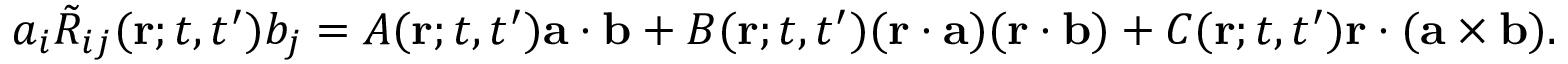
a _ { i } \tilde { R } _ { i j } ( { \bf { r } } ; t , t ^ { \prime } ) b _ { j } = A ( { \bf { r } } ; t , t ^ { \prime } ) { \bf { a } } \cdot { \bf { b } } + B ( { \bf { r } } ; t , t ^ { \prime } ) ( { \bf { r } } \cdot { \bf { a } } ) ( { \bf { r } } \cdot { \bf { b } } ) + C ( { \bf { r } } ; t , t ^ { \prime } ) { \bf { r } } \cdot ( { \bf { a } } \times { \bf { b } } ) .